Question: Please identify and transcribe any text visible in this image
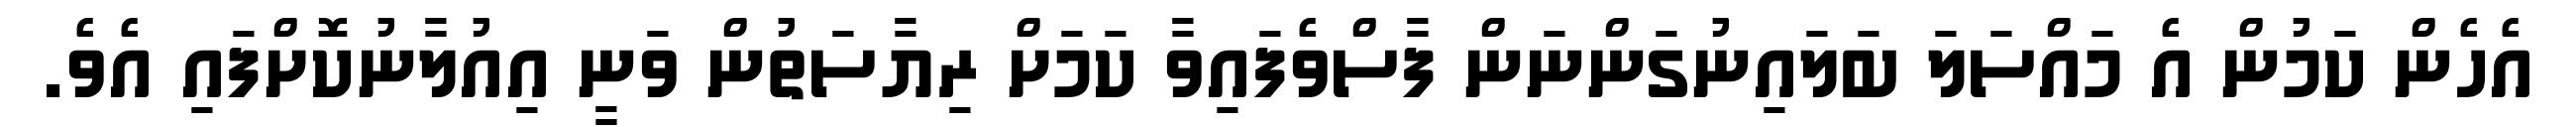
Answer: އެހެން ކަމުން އެ މައްސަލަ ބަލައިނުގަންނަން ފާސްވެފައިވާ ކަމަށް ރިޔާސަތުން ވަނީ އިއުލާނުކޮށްފައި އެވެ.